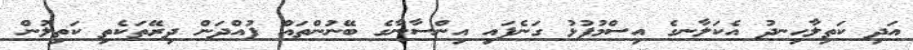
އަދި ކަތިލާހިނދު އެކަލާނގެ އިސްމުފުޅު ގަނެފައި އިންސާނާގެ ބޭނުންތައް ފުއްދަން ދިރޭތަކެތި ކަތިލުން